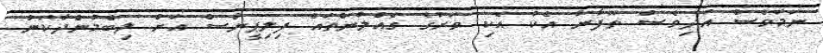
ނަމަވެސް އަދިވެސް ތޫފާނާ އެކު އެކި ވަރުގެ ގެއްލުންތައް ފިލިޕީންސް އަށް ލިބެމުންދާކަން